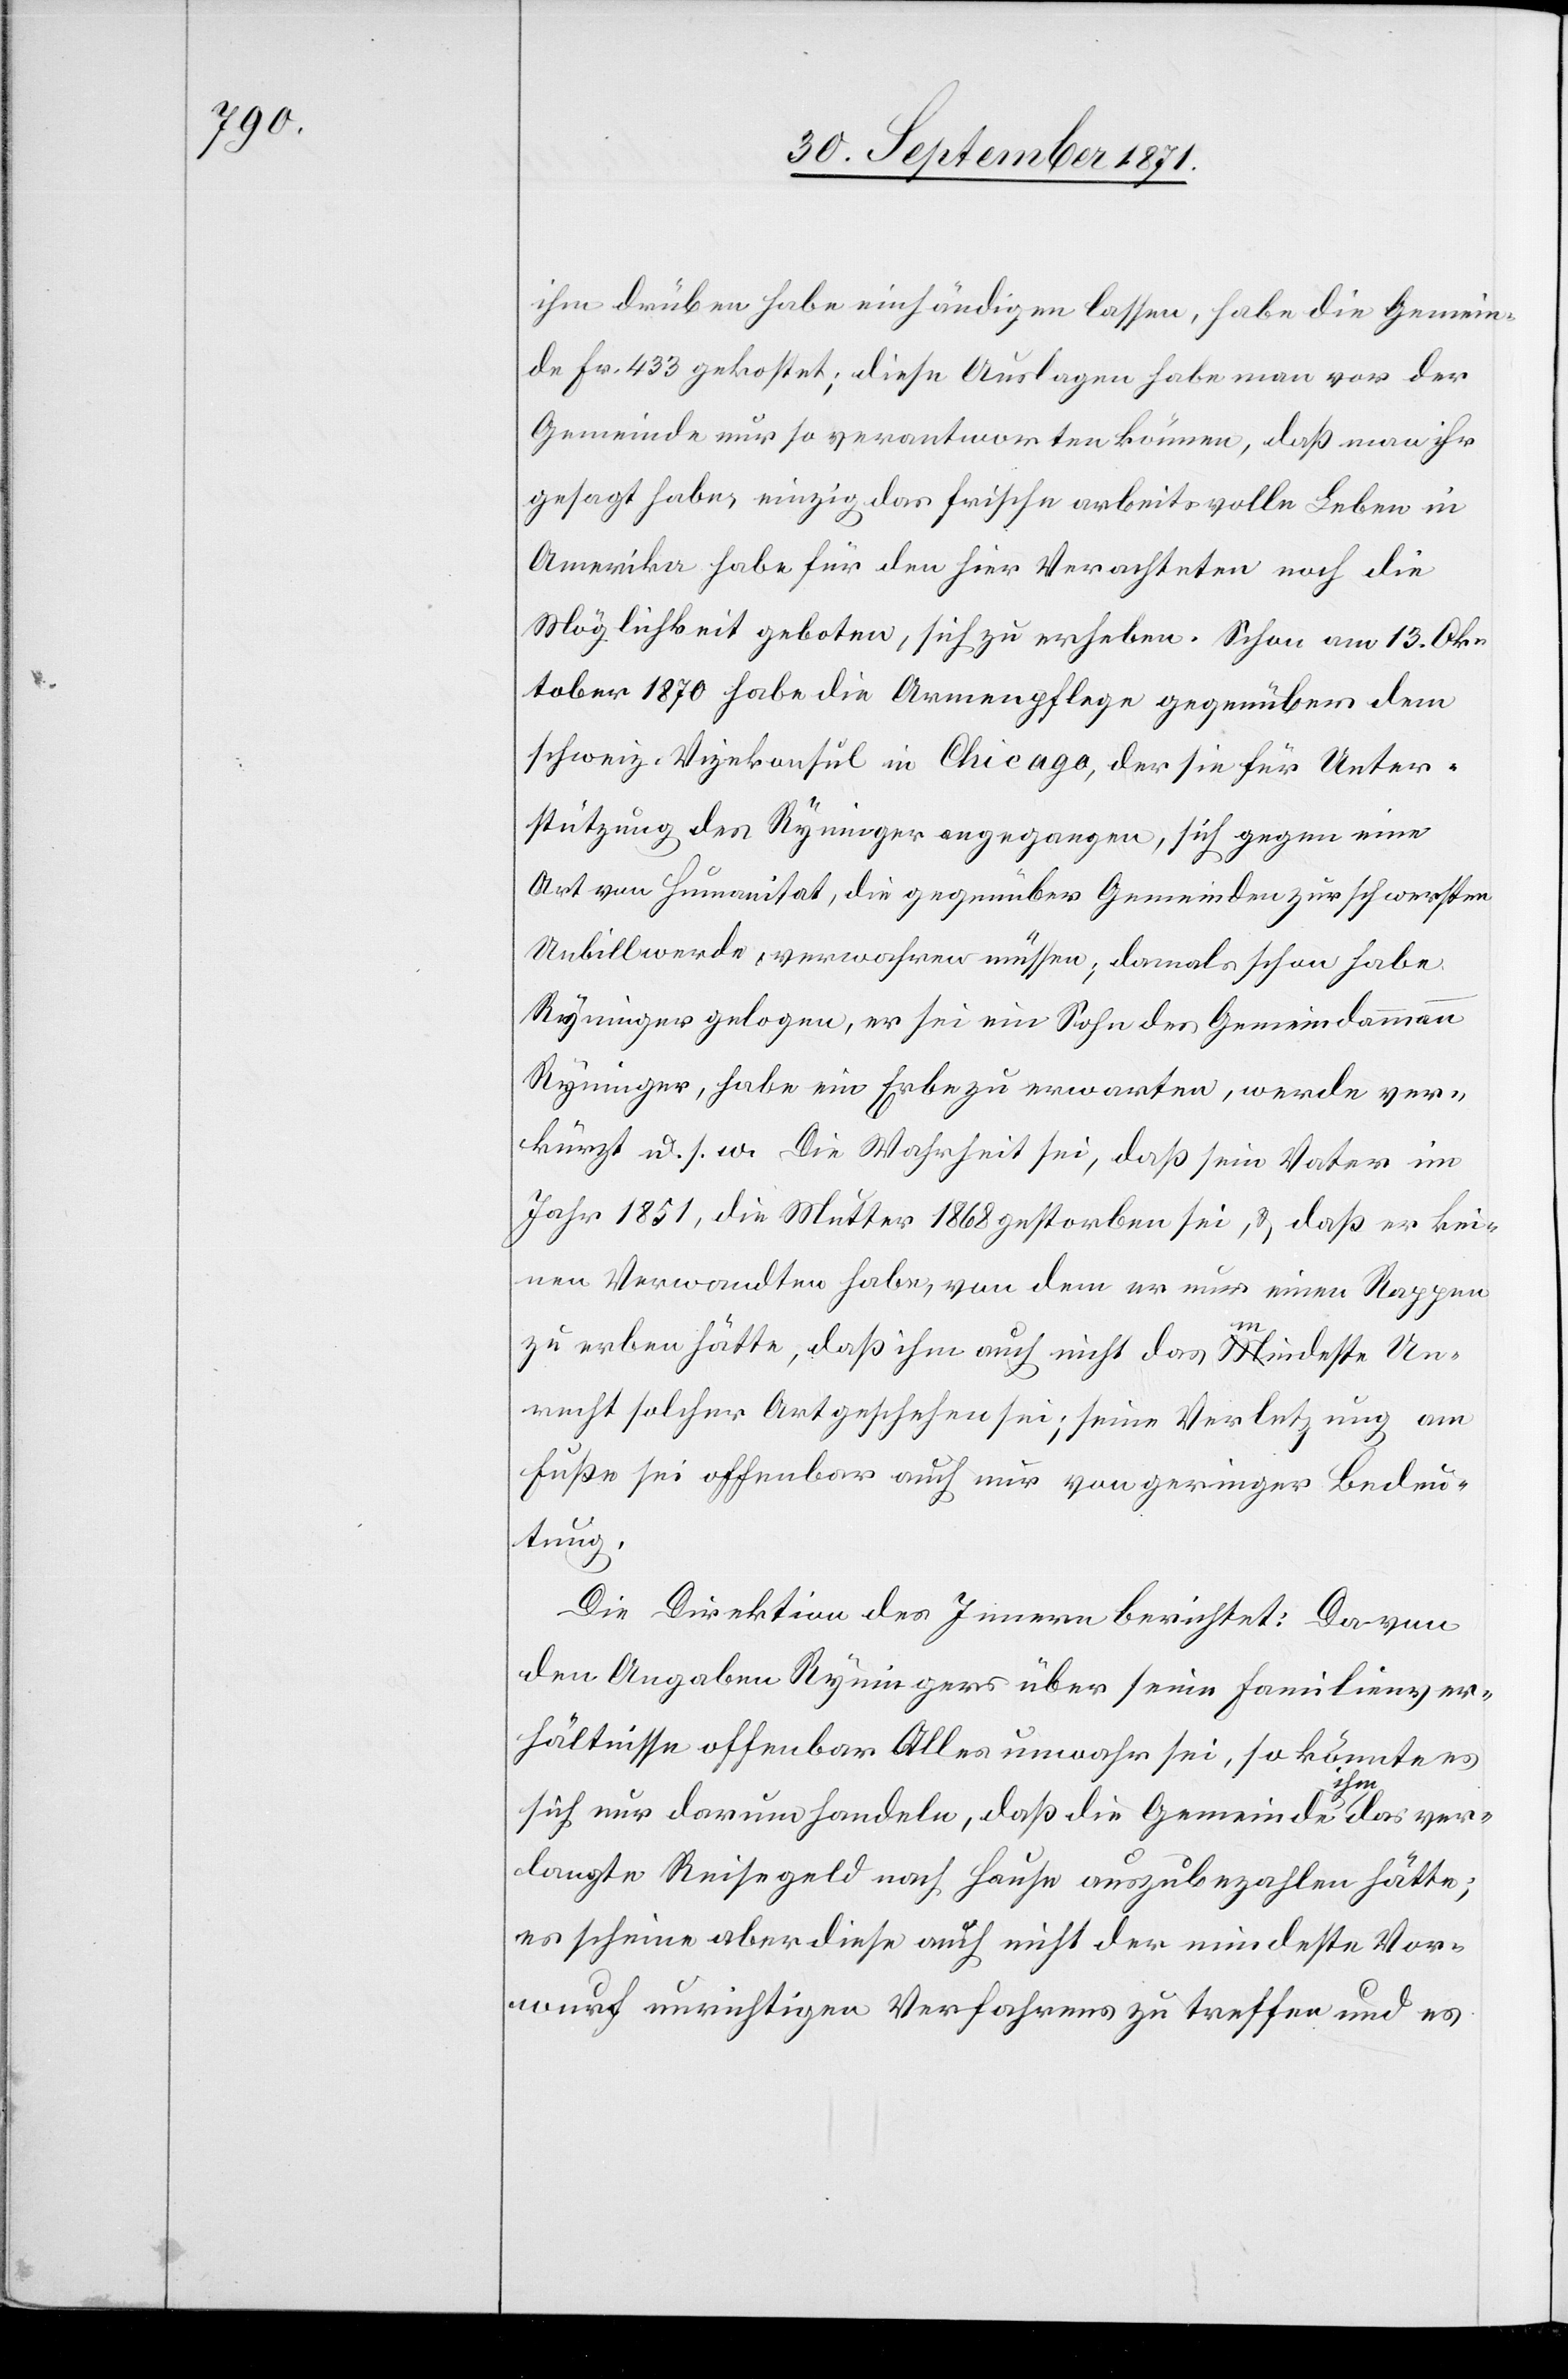
ihm darüber habe einhändigen lassen, habe die Gemein¬
de Fr. 433 gekostet; diese Auslagen habe man vor der
Gemeinde nur so verantworten können, daß man ihr
gesagt habe, einzig das frische arbeitsvolle Leben in
Amerika habe für den hier Verachteten noch die
Möglichkeit geboten, sich zu erheben. Schon am 13. Ok¬
tober 1870 habe die Armenpflege gegenüber dem
schweiz. Vizekonsul in Chicago, der sie für Unter¬
stützung des Ryninger [sic!] angegangen, sich gegen eine
Art von Humanität, die gegenüber Gemeinden zur schwersten
Unbill werde, verwahren müssen; damals schon habe
Ryninger gelogen, er sei ein Sohn des Gemeindammann
Ryninger, habe ein Erbe zu erwarten, werde ver¬
kürzt u. s. w. Die Wahrheit sei, daß sein Vater im
Jahr 1851, die Mutter 1868 gestorben sei, & daß er kei¬
nen Verwandten habe, von dem er nur einen Rappen
zu erben hätte, daß ihm auch nicht das mindeste An¬
recht solcher Art geschehen sei; seine Verletzung am
Fuße sei offenbar auch nur von geringer Bedeu¬
tung.
Die Direktion des Innern berichtet: Da von
den Angaben Ryningers über seine Familienver¬
hältnisse offenbar Alles unwahr sei, so könnte es
sich nur darum handeln, daß die Gemeinde ihm das ver¬
langte Reisegeld nach Hause auszubezahlen hätte;
es scheine aber diese auch nicht der mindeste Vor¬
wurf unrichtigen Verfahrens zu treffen und es